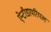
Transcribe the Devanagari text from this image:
ऐन्टीडायरियल